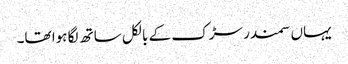
یہاں سمندر سڑک کے بالکل ساتھ لگا ہوا تھا۔